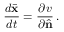
\frac { d \bar { \bf x } } { d t } = \frac { \partial v } { \partial \hat { \bf n } } \, .